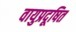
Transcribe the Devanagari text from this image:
वायुप्रदूषित